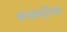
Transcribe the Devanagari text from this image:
बरबादीचा